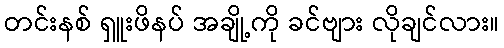
တင်းနစ် ရှူးဖိနပ် အချို့ကို ခင်ဗျား လိုချင်လား။